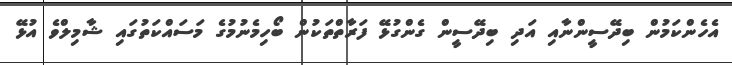
އެހެންކަމުން ބިދޭސީންނާއި އަދި ބިދޭސީން ގެންގުޅޭ ފަރާތްތަކުން ބޯހިމެނުމުގެ މަސައްކަތުގައި ޝާމިލްވެ އުޅޭ